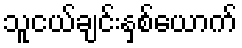
သူငယ်ချင်းနှစ်ယောက်